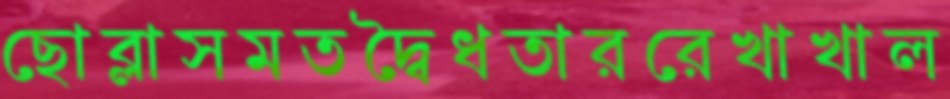
ছোব্‌লাসমতদ্বৈধতাররেখাখাল